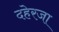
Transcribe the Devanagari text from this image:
दहेरजा